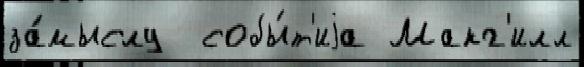
за́мыслу  собы́т'иjа Макг'илл